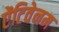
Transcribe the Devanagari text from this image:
ऐंटिवेनम